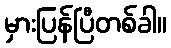
မှားပြန်ပြီတစ်ခါ။